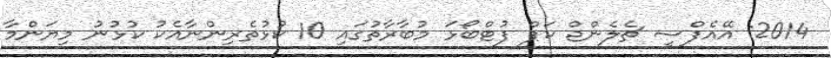
2014: އޭއެފްސީ ޗެލެންޖް ކަޕް ފުޓްބޯޅަ މުބާރާތުގައި 10 ކުޅުތެރިންނާއެކު ކުޅުނު މިޔަންމާ